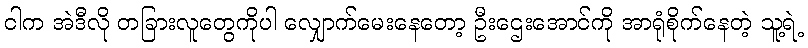
ငါက အဲဒီလို တခြားလူတွေကိုပါ လျှောက်မေးနေတော့ ဦးဌေးအောင်ကို အာရုံစိုက်နေတဲ့ သူ့ရဲ့